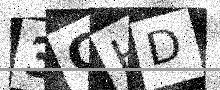
Text: 3CHD